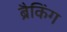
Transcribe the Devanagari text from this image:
ब्रैकिंग